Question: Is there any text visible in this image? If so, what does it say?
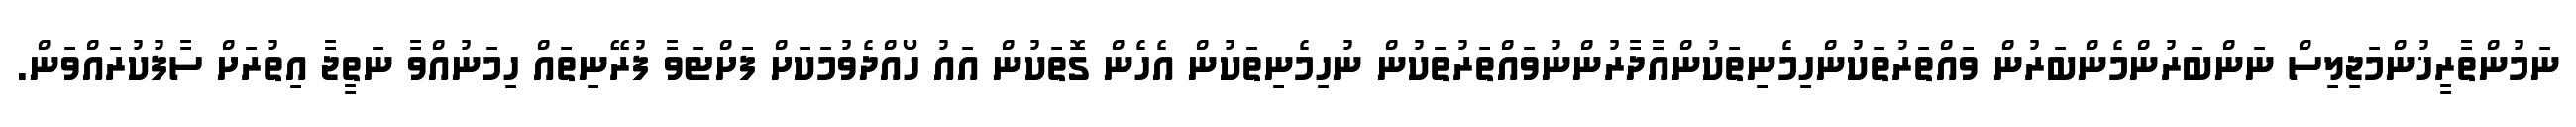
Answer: ނަމުންތާރީޚުންމަޖިލިސް ނަންބަރުންމެންބަރުން ވައްތަރުތަކުންހިމެނިތަކުންއާދާރުންނުވައްތަރުތަކުން ނުހިމެނިތަކުން އެހެން ގޮތަކުން އައު ހޯއްދެވުމަކަށް ފަށްޓަވާ ފުރޭނިތައް ހިމަނުއްވާ ނަތީޖާ އިތުރަށް ސާފުކުރައްވަން.